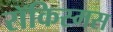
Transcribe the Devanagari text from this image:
रॉकिस्मस